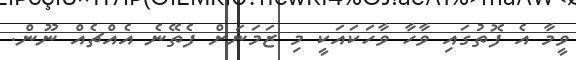
ވީމާ އެ ފޮތުގައި ވާހާ ވާހަކައަކީ މި ޒަމަނަށް ފެތޭނެ އެއްޗެއް ނޫން.